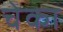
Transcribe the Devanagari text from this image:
चेका